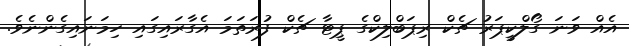
އެއް ވަނަ ގޯލްކީޕަރު ޗެކް ރިޕަބްލިކްގެ ޕީޓާ ޗެކް ފުރަތަމަ އެގާރައިގައި ހިމަނައިގެންނެވެ.